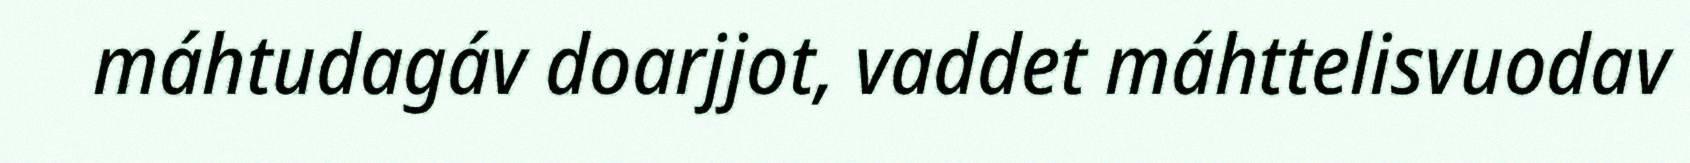
máhtudagáv doarjjot, vaddet máhttelisvuodav